Bombay plague: being a history of the progress of plague in the Bombay presidency from September 1896 to June 1899
Year: 1896
Disease focus: Plague
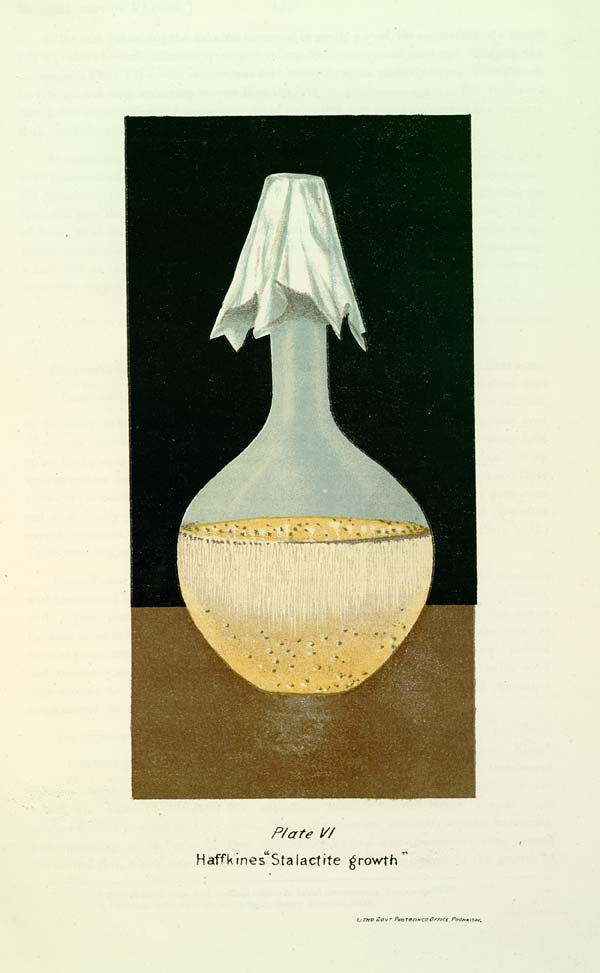
Plate VI
Haffkines "Stalactite growth"
LITHO GOVT PHOTOZINCO OFFICE, POONA 1900.